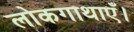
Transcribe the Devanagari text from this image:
लोकगाथाएँ।